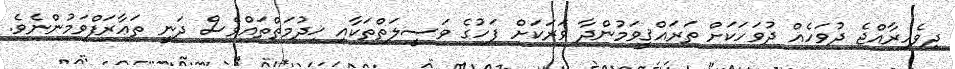
ދިވެހިރާއްޖެ ދުވަހެއް ދުވަހަކަށް ތަރައްޤީވަމުންދާ ވަރަކަށް ފަހުގެ ވަޞީލަތްތަކާއި ޚިދުމަތްތައްވެސް ދަނީ ތަޢާރަފްވަމުންނެވެ.